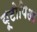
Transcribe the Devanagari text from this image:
यूटोपिआ